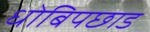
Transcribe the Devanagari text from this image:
धोबिपछाड